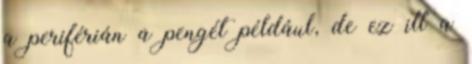
a periférián a pengét például, de ez itt a